Sketch of the medical history of the native army of Bombay, for the year
Year: 1876
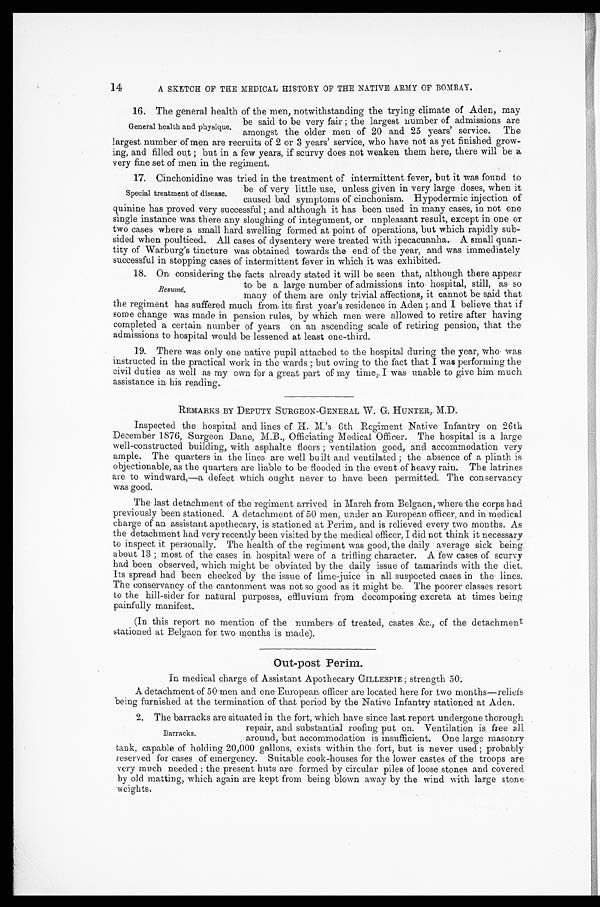
14
A SKETCH OF THE MEDICAL HISTORY OF THE NATIVE ARMY OF BOMBAY.
16. The general health of the men, notwithstanding the trying climate of Aden, may
be said to be very fair; the largest number of admissions are
amongst the older men of 20 and 25 years' service. The
largest number of men are recruits of 2 or 3 years' service, who have not as yet finished grow
- i n g , a n d f i l l e d o u t ; b u t i n a f e w y e a r s , i f s c u r v y d o e s n o t w e a k e n t h e m h e r e , t h e r e w i l l b e a
very fine set of men in the regiment.
17. Cinchonidine was tried in the treatment of intermittent fever, but it was found to
be of very little use, unless given in very large doses, when it
caused bad symptoms of cinchonism. Hypodermic injection of
quinine has proved very successful; and although it has been used in many cases, in not one
single instance was there any sloughing of integument, or unpleasant result, except in one or
two cases where a small hard swelling formed at point of operations, but which rapidly sub
-sided when poulticed. All cases of dysentery were treated with ipecacuanha. A small quan
- t i t y o f W a r b u r g ' s t i n c t u r e w a s o b t a i n e d t o w a r d s t h e e n d o f t h e y e a r , a n d w a s i m m e d i a t e l y
successful in stopping cases of intermittent fever in which it was exhibited.
18. On considering the facts already stated it will be seen that, although there appear
to be a large number of admissions into hospital, still, as so
many of them; are only trivial affections, it cannot be said that
the regiment has suffered much from its first year's residence in Aden; and I believe that if
some change was made in pension rules, by which men were allowed to retire after having
completed a certain number of years on an ascending scale of retiring pension, that the
admissions to hospital would be lessened at least one-third.
19. There was only one native pupil attached to the hospital during the year, who was
instructed in the practical work in the wards; but owing to the fact that I was performing the
civil duties as well as my own for a great part of my time, I was unable to give him much
assistance in his reading.
REMARKS BY DEPUTY SURGEON-GENERAL W. G. HUNTER, M.D.
Inspected the hospital and lines of H. M.'s 6th Regiment Native Infantry on 26th
December 1876, Surgeon Dane, M.B., Officiating Medical Officer. The hospital is a large
well-constructed building, with asphalte floors; ventilation good, and accommodation very
ample. The quarters in the lines are well built and ventilated; the absence of a plinth is
objectionable, as the quarters are liable to be flooded in the event of heavy rain. The latrines
are to windward,—a defect which ought never to have been permitted. The conservancy
was good.
The last detachment of the regiment arrived in March from Belgaon, where the corps bad
previously been stationed. A detachment of 50 men, under an European officer, and in medical
charge of an assistant apothecary, is stationed at Perim, and is relieved every two months. As
the detachment had very recently been visited by the medical officer, I did not think it necessary
to inspect it personally. The health of the regiment was good, the daily average sick being
about 13; most of the cases in hospital were of a trifling character. A few cases of scurvy
had been observed, which might be obviated by the daily issue of tamarinds with the diet.
Its spread had been checked by the issue of lime-juice in all suspected cases in the lines.
The conservancy of the cantonment was not so good as it might be. The poorer classes resort
to the hill-sider for natural purposes, effluvium from decomposing excreta at times being
painfully manifest.
(In this report no mention of the numbers of treated, castes &c., of the detachment
stationed at Belgaon for two months is made).
Out-post Perim.
In medical charge of Assistant Apothecary GILLESPIE; strength 50.
A detachment of 50 men and one European officer are located here for two months—reliefs
being furnished at the termination of that period by the Native Infantry stationed at Aden.
2. The barracks are situated in the fort, which have since last report undergone thorough
repair, and substantial roofing put on. Ventilation is free all
around, but accommodation is insufficient. One large masonry
tank, capable of holding 20,000 gallons, exists within the fort, but is never used; probably
reserved for cases of emergency. Suitable cook-houses for the lower castes of the troops are
very much needed : the present huts are formed by circular piles of loose stones and covered
by old matting, which again are kept from being blown away by the wind with large stone
weights.
General health and physique.
Special treatment of disease.
Resumé.
Barracks.